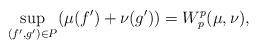
LaTeX: \begin{align*} \sup_{(f',g')\in P}(\mu(f')+\nu(g')) = W_p^p(\mu,\nu),\end{align*}